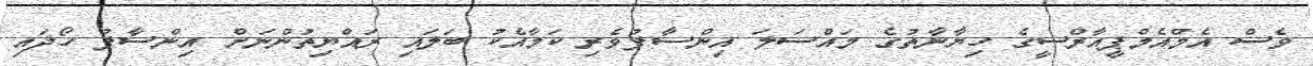
ވެސް އެމްއެމްޕީއާރްސީގެ ހިޔާނާތުގެ މައްސަލަ އިންސާފުވެރި ކަމާއެކު ބަލައި ރައްޔިތުންނަށް އިންސާފު ހޯދައި